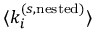
\langle k _ { i } ^ { ( s , \mathrm { n e s t e d } ) } \rangle